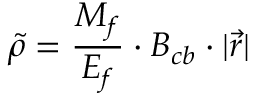
\tilde { \rho } = \frac { M _ { f } } { E _ { f } } \cdot B _ { c b } \cdot | \vec { r } | \,